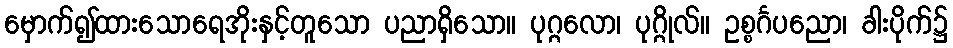
မှောက်၍ထားသောရေအိုးနှင့်တူသော ပညာရှိသော။ ပုဂ္ဂလော၊ ပုဂ္ဂိုလ်။ ဥစ္စင်္ဂပညော၊ ခါးပိုက်၌